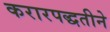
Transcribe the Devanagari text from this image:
करारपद्धतीने